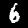
Label: 6